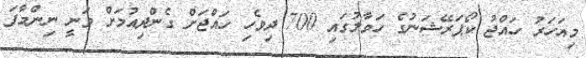
މިއަހަރު ހައްޖު ކޯޕަރޭޝަނުގެ ހަވާލުގައި 700 ދިވެހި ހައްޖަށް ގެންދިއުމަށް ވަނީ ނިންމާފަ